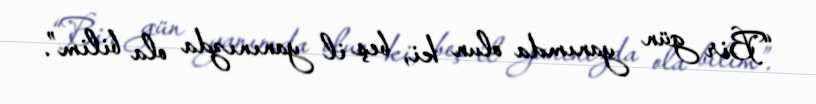
“Bir gün yanımda olun ki, beş il yanınızda ola bilim”.